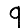
Digit: 9